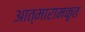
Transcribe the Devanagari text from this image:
आत्मारामकृत